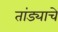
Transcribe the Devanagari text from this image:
तांड्याचे